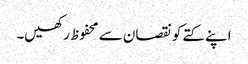
اپنے کتے کو نقصان سے محفوظ رکھیں۔